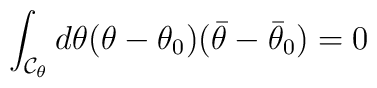
\int_{{\cal C}_{\theta}}d\theta(\theta-\theta_{0})(\bar\theta-\bar\theta_{0}) = 0